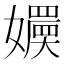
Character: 𡣬